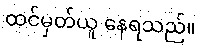
ထင်မှတ်ယူ နေရသည်။